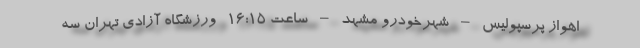
اهواز پرسپولیس – شهرخودرو مشهد – ساعت ۱۶:۱۵- ورزشگاه آزادی تهران سه